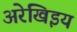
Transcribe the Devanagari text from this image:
अरेखिइय